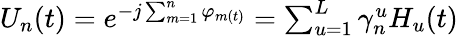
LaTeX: \begin{array}{r}{U_{n}(t)=e^{-j\sum_{m=1}^{n}\varphi_{m(t)}}=\sum_{u=1}^{L}{\gamma_{n}^{u}H_{u}(t)}}\end{array}